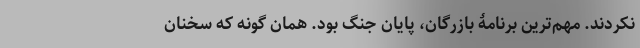
نکردند. مهم‌ترین برنامۀ بازرگان، پایان جنگ بود. همان گونه که سخنان